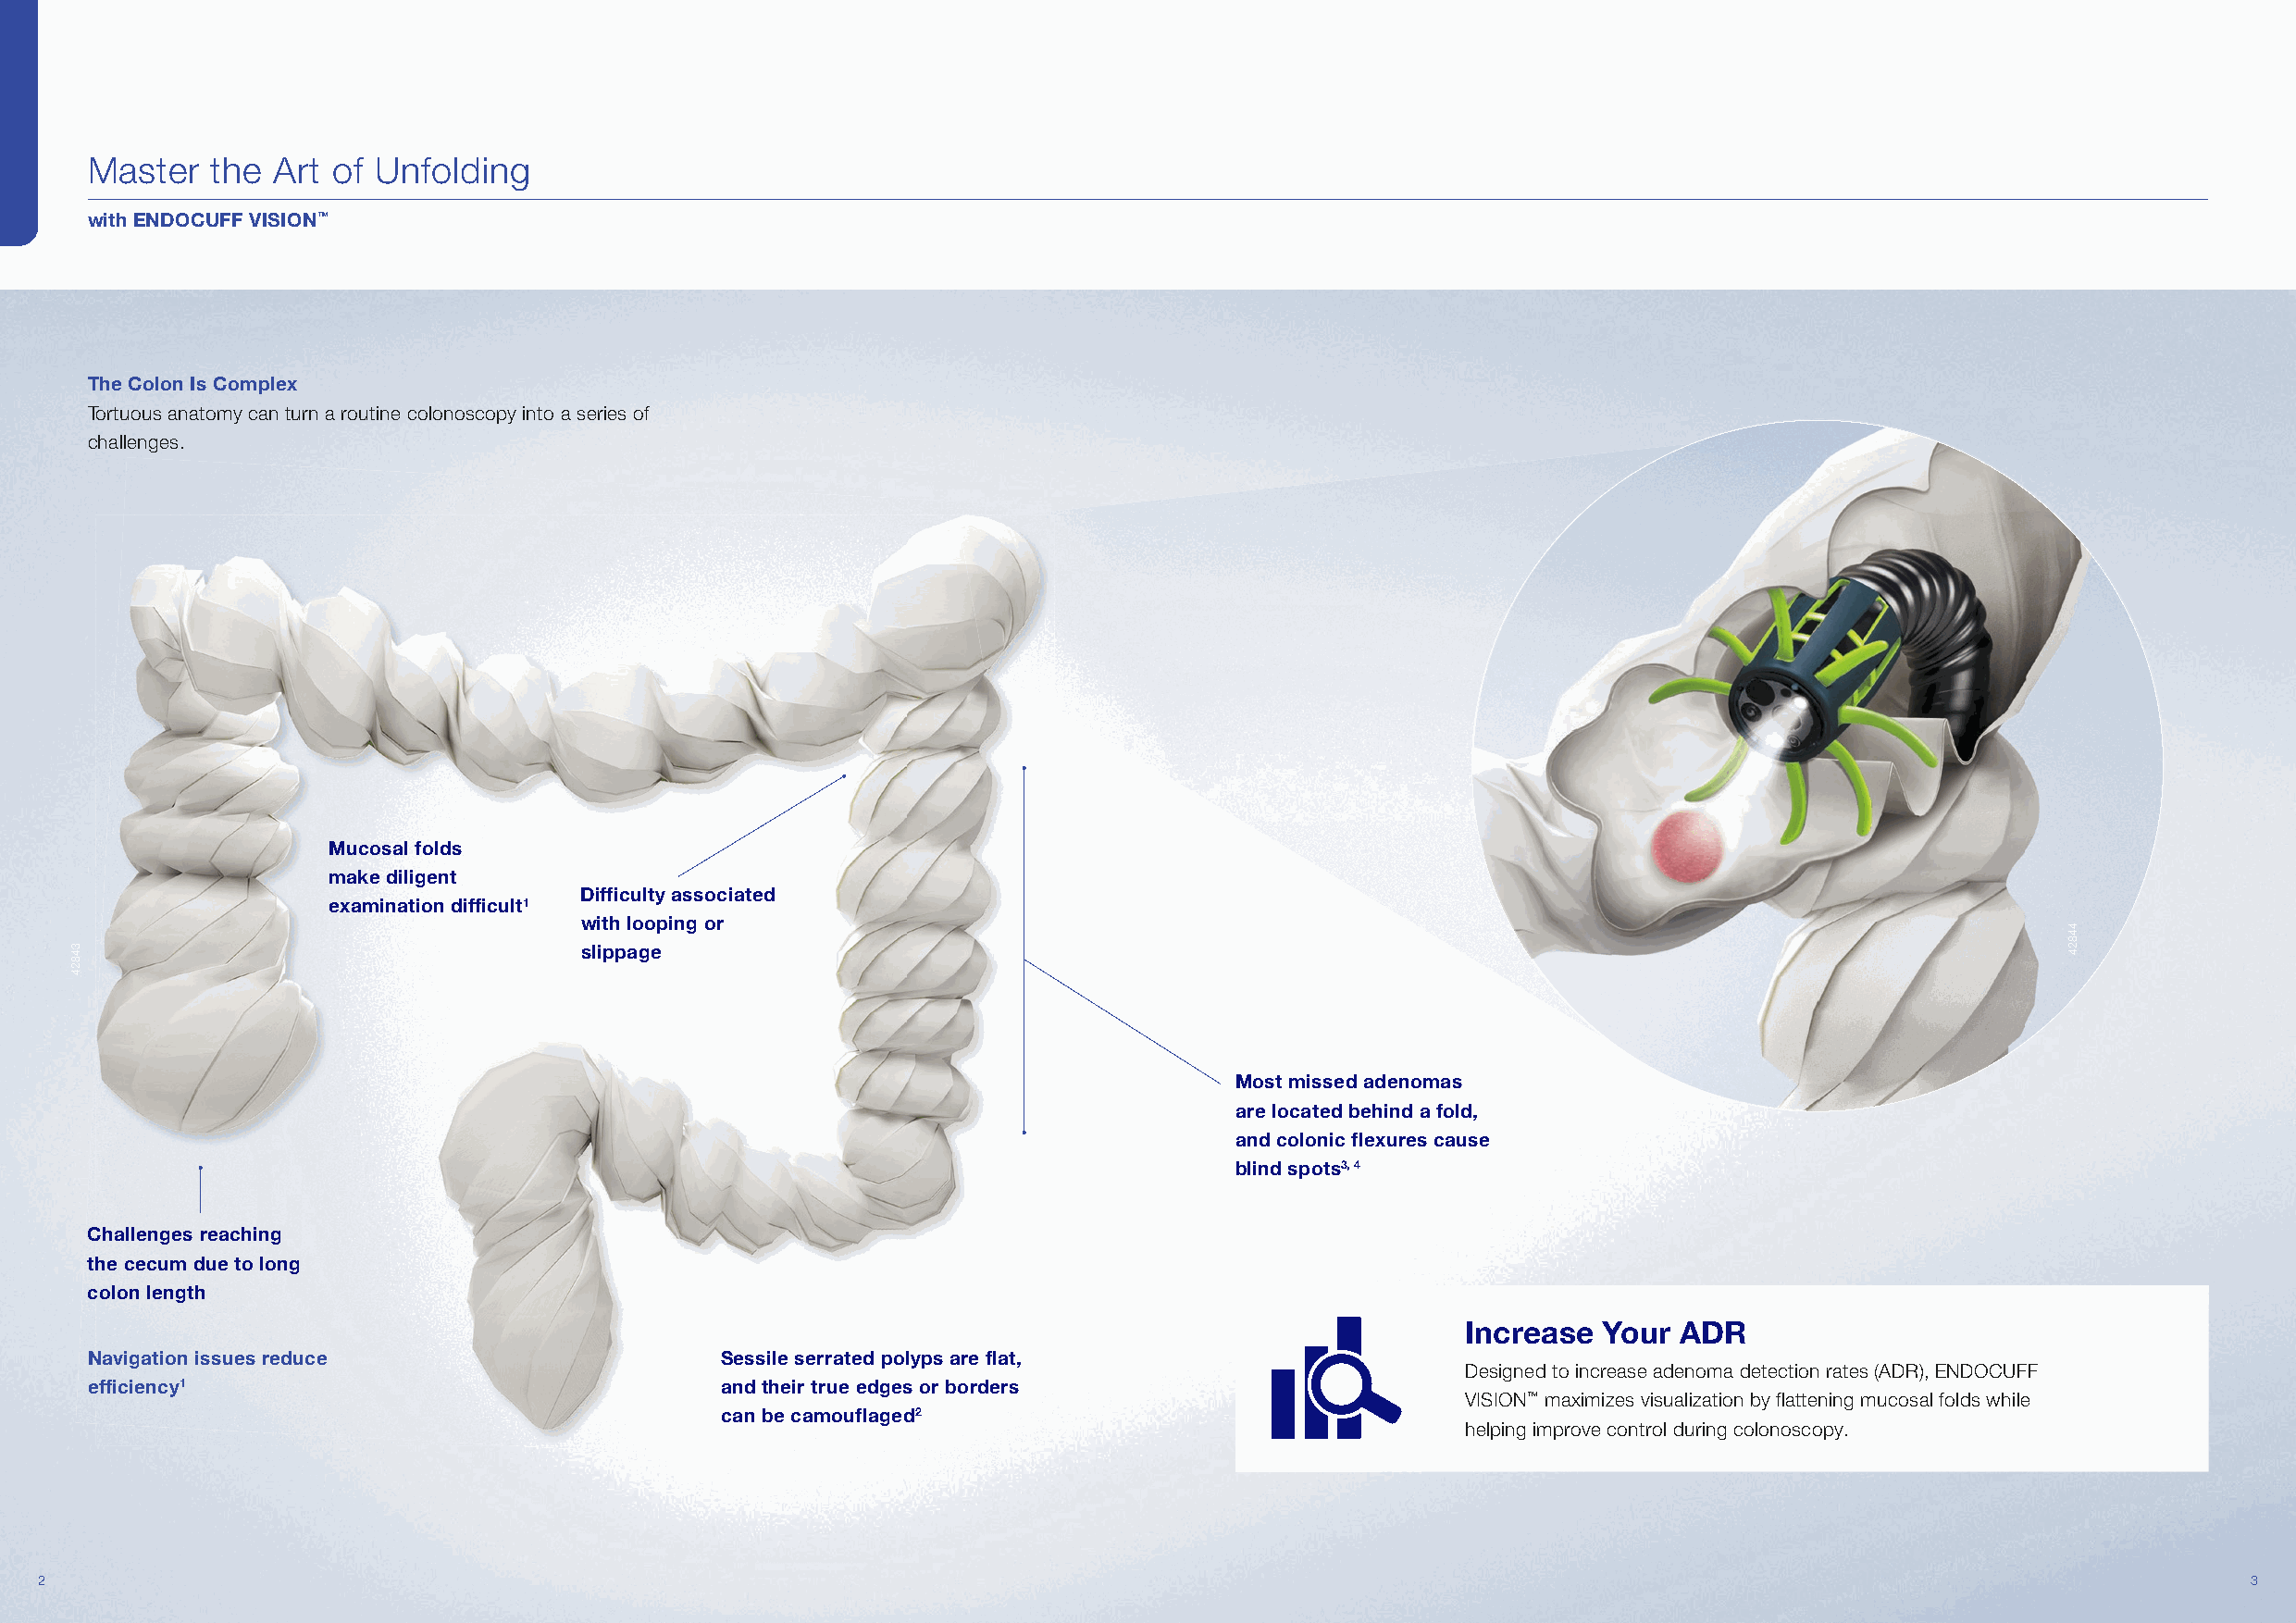
Master   the  Art of Unfolding
 with ENDOCUFF VISION™
 The Colon Is Complex
 Tortuous anatomy can turn a routine colonoscopy into a series of
 challenges.
 Mucosal folds
 make diligent
 Diffi culty associated
 examination difficult1
 with looping or
 slippage
 Most missed adenomas
 are located behind a fold,
 and colonic fl exures cause
 blind spots3, 4
 Challenges reaching
 the cecum due to long
 colon length
 Increase  Your ADR
 Navigation issues reduce                      Sessile serrated polyps are flat,
 Designed to increase adenoma detection rates (ADR), ENDOCUFF
 efficiency1                                   and their true edges or borders
 VISION™ maximizes visualization by flattening mucosal folds while
 can be camouflaged2
 helping improve control during colonoscopy.
 22                                                                                                                                                            33
 34824
 44824